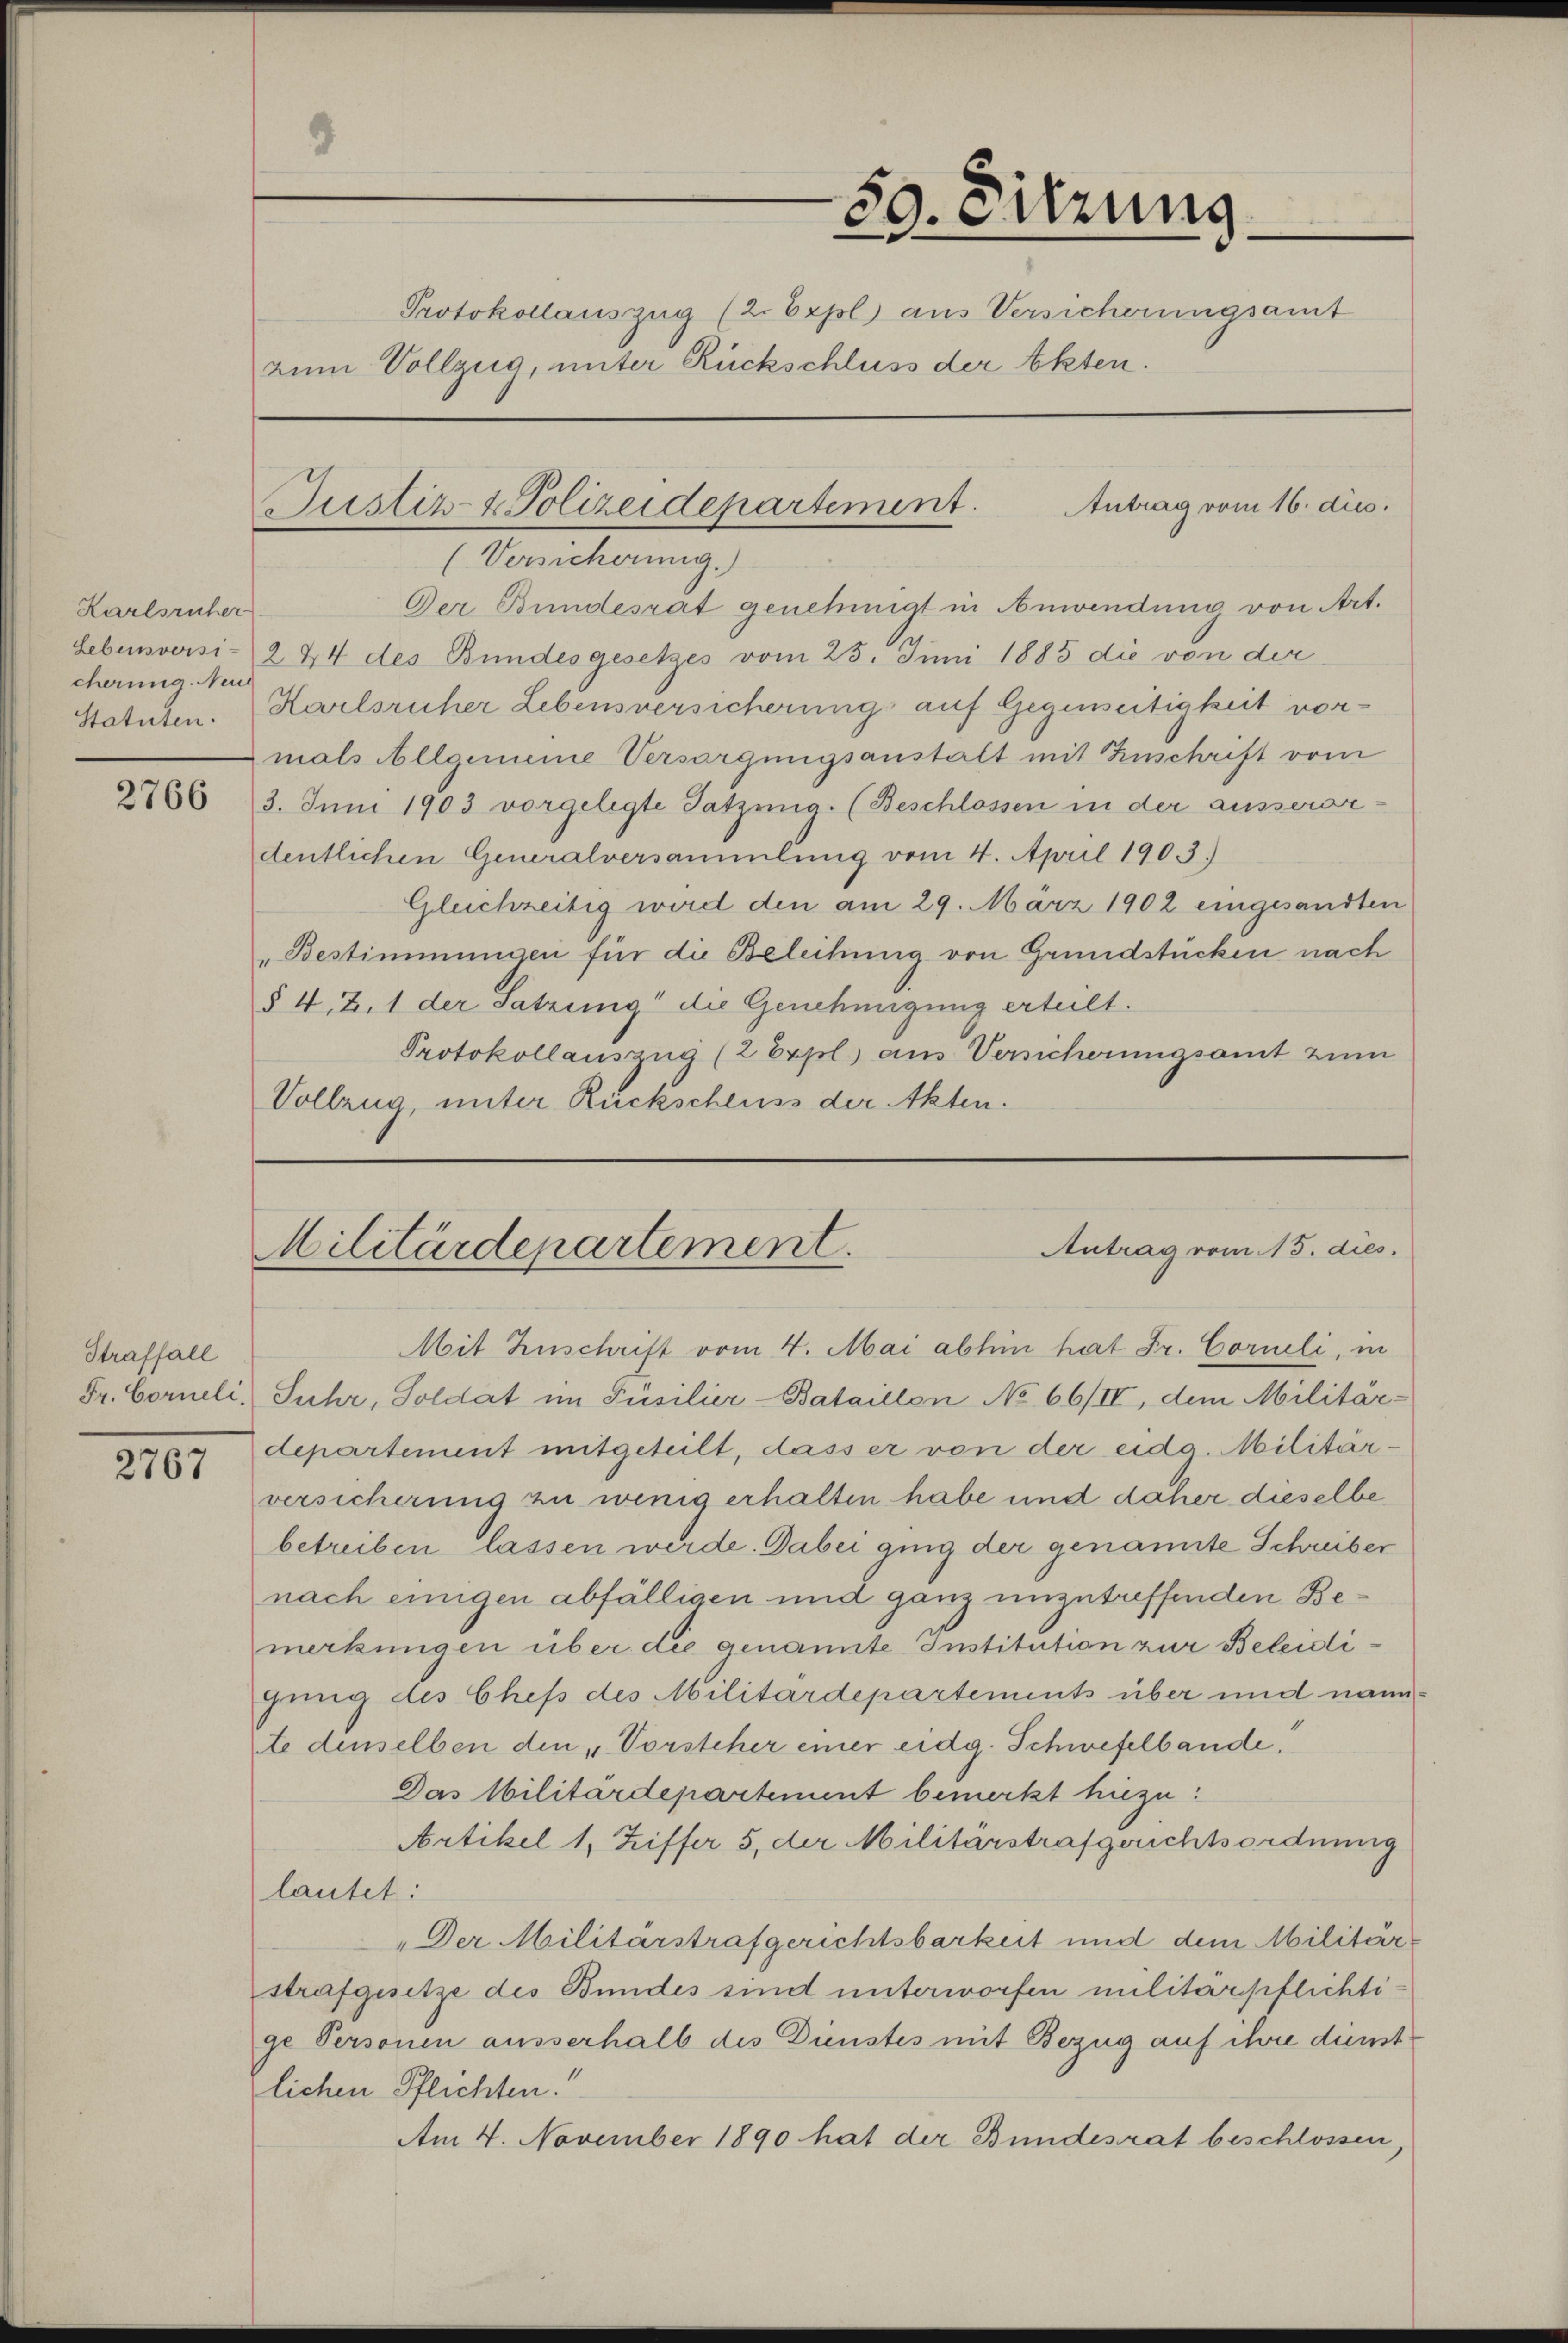
Karlsruher
Lebensversi-
cherung. Neue
Statuten.

2766

Straffall
Fr. Corneli.

2767

59. Sitzung
Protokollauszug (2. Expl) aus Versicherungsamt
zum Vollzug, unter Rückschluss der Akten.

Justiz- & Polizeidepartement.

Antrag vom 16. dies.

(Versicherung.
Der Bundesrat genehmigt in Anwendung von Art.
244 des Bundesgesetzes vom 25. Juni 1885 die von der
Harlsruher Lebensversicherung auf Gegenseitigkeit vormals Allgemeine Versorgungsanstalt mit Zuschrift vom
3. Juni 1903 vorgelegte Satzung. (Beschlossen in der ausserordentlichen Generalversammlung vom 4. April 1903.)
Gleichzeitig wird den am 29. März 1902 eingesandten
„Bestimmungen für die Beleihung von Grundstücken nach
§ 42. 1 der Satzung" die Genehmigung erteilt.
Protokollauszug (2 Expl) aus Versicherungsamt zum
Vollzug, unter Rückscheuss der Akten.

Mit Zuschrift vom 4. Mai abhin hat Fr. Corneli, in
Suhr, Soldat im Füsilier-Bataillon No 66/II, dem Militär-
departement mitgeteilt, dass er von der eidg. Militärversicherung zu wenig erhalten habe und daher dieselbe
betreiben lassen werde. Dabei ging der genannte Schreiber
nach einigen abfälligen und ganz unzutreffenden Bemerkungen über die genannte Institution zur Beleidigung des Chefs des Militärdepartements über und nannte denselben den „Vorsteher einer eidg. Schwefelbande
Das Militärdepartement bemerkt hiezu.
Artikel 1, Ziffer 5. der Militärstrafgerichtsordnung
lautet:
„Der Militärstrafgerichtsbarkeit und dem Militärstrafgesetze des Bundes sind unterworfen militärpflichtige Personen ausserhalb des Dienstes mit Bezug auf ihre dunst
lichen Pflichten.
Am 4. November 1890 hat der Bundesrat beschlossen,

Antrag vom 15. dies
Militärdepartement.